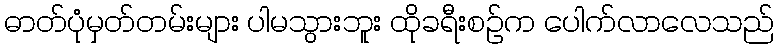
ဓာတ်ပုံမှတ်တမ်းများ ပါမသွားဘူး ထိုခရီးစဉ်က ပေါက်လာလေသည်